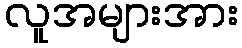
လူအများအား